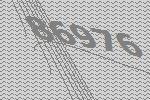
86976